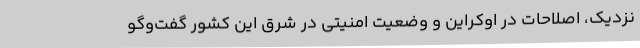
نزدیک، اصلاحات در اوکراین و وضعیت امنیتی در شرق این کشور گفت‌وگو